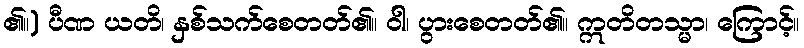
၏။) ပီဏ ယတိ၊ နှစ်သက်စေတတ်၏။ ဝါ၊ ပွားစေတတ်၏။ ဣတိတသ္မာ၊ ကြောင့်။